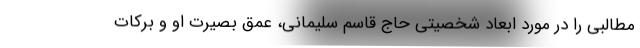
مطالبی را در مورد ابعاد شخصیتی حاج قاسم سلیمانی، عمق بصیرت او و برکات